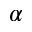
\alpha